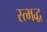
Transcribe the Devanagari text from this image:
स्त्भद्ध